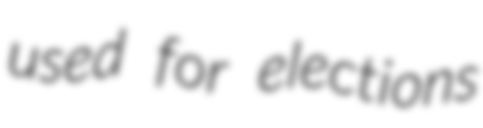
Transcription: used for elections